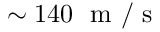
\sim 1 4 0 ~ \mathrm { ~ m ~ / ~ s ~ }